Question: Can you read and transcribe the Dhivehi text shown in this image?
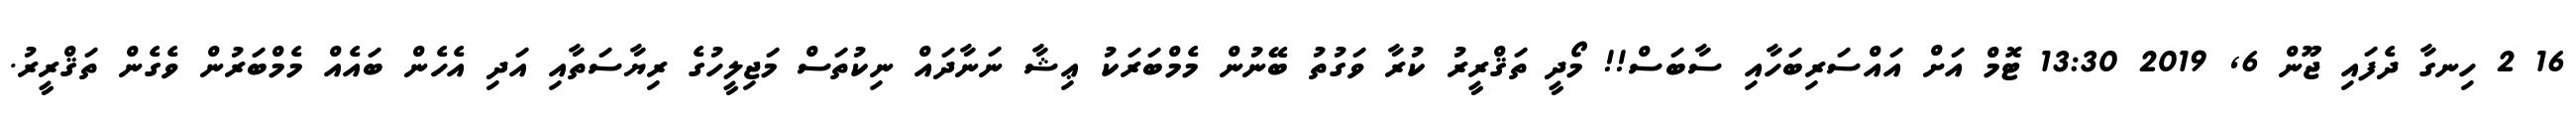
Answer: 16 2 ހިނގާ ދެފައި ޖޫން 6, 2019 13:30 ޓޮމް އަށް އައްސަރިބަހާއި ސާބަސް!! މޯދީ ތަޤްރީރު ކުރާ ވަގުތު ބޭނުން މެމްބަރަކު ޢިޝާ ނަނާދައް ނިކުތަސް މަޖިލީހުގެ ރިޔާސަތާއި އަދި އެހެން ބައެއް މެމްބަރުން ވެގެން ތަޤްރީރު.